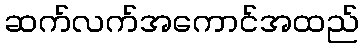
ဆက်လက်အကောင်အထည်